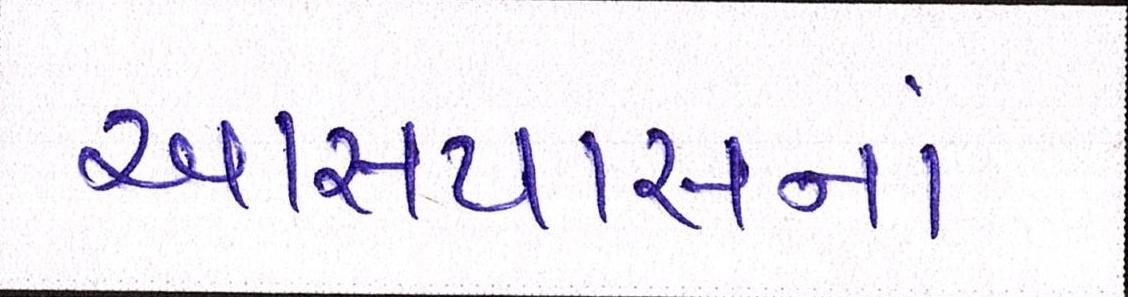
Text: આસપાસનાં